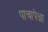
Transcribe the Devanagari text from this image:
पाचापेक्षा